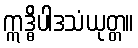
ဣဒ္ဓိပါဒသံယုတ္တ။